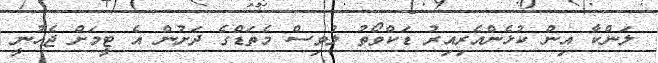
ލަންކާ އިން ކުޅެންއެރިއިރު ޑަކްވޯތު ލުވިސް މެތަޑްގެ ދަށުން އެ ޓީމަށް ޖެހުނީ